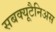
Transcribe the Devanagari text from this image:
सबक्यूटैनिअस